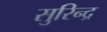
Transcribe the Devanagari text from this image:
सुरिन्द्र